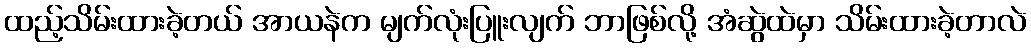
ထည့်သိမ်းထားခဲ့တယ် အာယနဲက မျက်လုံးပြူးလျက် ဘာဖြစ်လို့ အံဆွဲထဲမှာ သိမ်းထားခဲ့တာလဲ